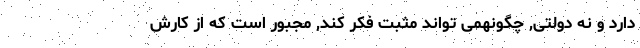
دارد و نه دولتی, چگونهمی تواند مثبت فکر کند, مجبور است که از کارش